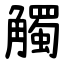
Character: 觸